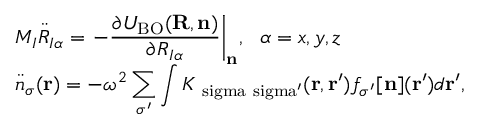
\begin{array} { l } { { \displaystyle M _ { I } { \ddot { R } } _ { I \alpha } = \left. - \frac { \partial { \cal U } _ { \mathrm { B O } } ( { \bf R , n } ) } { \partial R _ { I \alpha } } \right\vert _ { \bf n } } , ~ ~ \alpha = x , y , z \ ~ } \\ { { \displaystyle { \ddot { n } } _ { \sigma } ( { \bf r } ) = - \omega ^ { 2 } \sum _ { \sigma ^ { \prime } } \int K _ { \mathrm { \ s i g m a \ s i g m a ^ { \prime } } } ( { \bf r } , { \bf r ^ { \prime } } ) f _ { \sigma ^ { \prime } } [ { \bf n } ] ( { \bf r ^ { \prime } } ) d { \bf r ^ { \prime } } } , } \end{array}